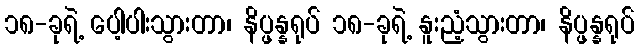
၁၈-ခုရဲ့ ပေါ့ပါးသွားတာ၊ နိပ္ဖန္နရုပ် ၁၈-ခုရဲ့ နူးညံ့သွားတာ၊ နိပ္ဖန္နရုပ်